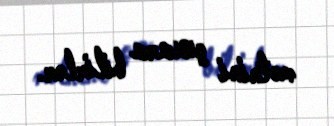
mətnini çıxara bilirlər.